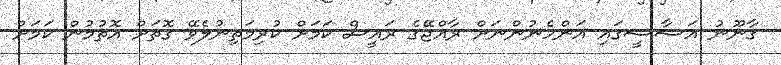
ޤާނޫނު އަސާސީގައި އަންހެނުންނަށް ރާއްޖޭގެ ރައީސް ކަމަށް ކުރިމަތިނުލެވޭ ގޮތަށް އޮތުމުން ކަމަށް